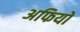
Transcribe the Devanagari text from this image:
अफियो